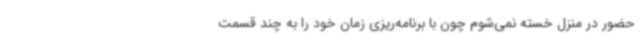
حضور در منزل خسته نمی‌شوم چون با برنامه‌ریزی زمان خود را به چند قسمت